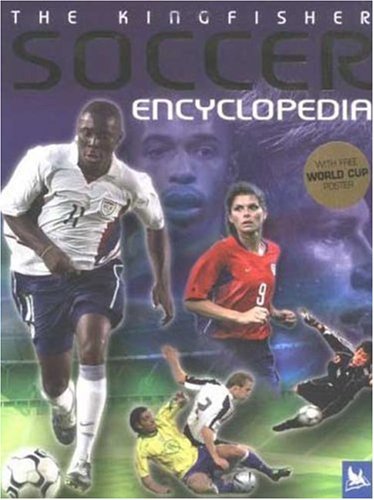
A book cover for The Kingfisher Soccer Encyclopedia; Clive Gifford; Teen & Young Adult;